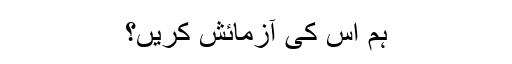
ہم اس کی آزمائش کریں؟